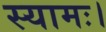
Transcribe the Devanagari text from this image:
स्यामः।